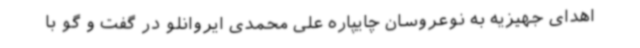
اهدای جهیزیه به نوعروسان چایپاره علی محمدی ایروانلو در گفت و گو با